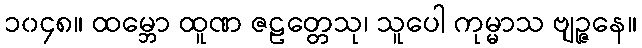
၁၀၄၈။ ထမ္ဘော ထူဏ ဇဠတ္တေသု၊ သူပေါ ကုမ္မာသ ဗျဉ္ဇနေ။